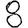
Digit: 8